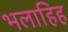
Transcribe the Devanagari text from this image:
भलाहिह